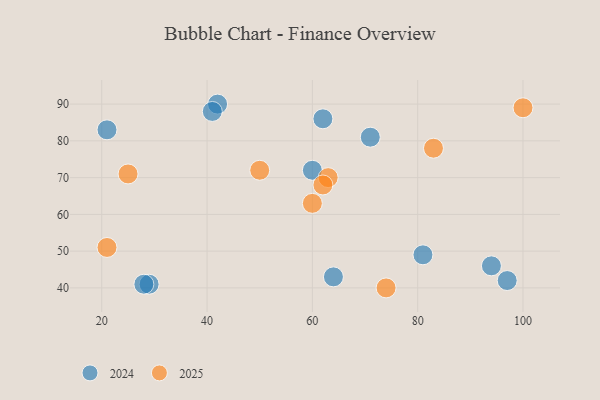
{"axis": {"x": "GDP", "y": "Life Expectancy"}, "legend": ["2024", "2025"], "data": [{"x": "60", "y": 63, "type": "2025"}, {"x": "74", "y": 40, "type": "2025"}, {"x": "63", "y": 70, "type": "2025"}, {"x": "100", "y": 89, "type": "2025"}, {"x": "21", "y": 51, "type": "2025"}, {"x": "50", "y": 72, "type": "2025"}, {"x": "83", "y": 78, "type": "2025"}, {"x": "25", "y": 71, "type": "2025"}, {"x": "62", "y": 68, "type": "2025"}, {"x": "60", "y": 72, "type": "2024"}, {"x": "97", "y": 42, "type": "2024"}, {"x": "21", "y": 83, "type": "2024"}, {"x": "81", "y": 49, "type": "2024"}, {"x": "64", "y": 43, "type": "2024"}, {"x": "62", "y": 86, "type": "2024"}, {"x": "29", "y": 41, "type": "2024"}, {"x": "94", "y": 46, "type": "2024"}, {"x": "42", "y": 90, "type": "2024"}, {"x": "28", "y": 41, "type": "2024"}, {"x": "71", "y": 81, "type": "2024"}, {"x": "41", "y": 88, "type": "2024"}]}